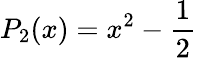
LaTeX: P_{2}(x)=x^{2}-\frac{1}{2}